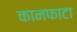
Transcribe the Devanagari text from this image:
कानफाटा